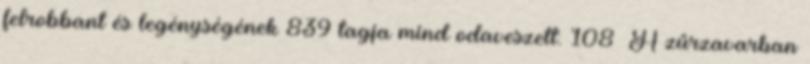
felrobbant és legénységének 839 tagja mind odaveszett. 108 A zűrzavarban